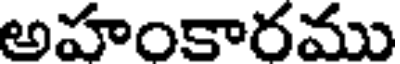
అహంకారము